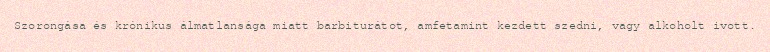
Szorongása és krónikus álmatlansága miatt barbiturátot, amfetamint kezdett szedni, vagy alkoholt ivott.